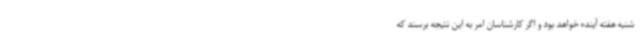
شنبه هفته آینده خواهد بود و اگر کارشناسان امر به این نتیجه برسند که